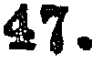
47.